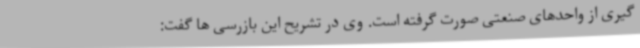
گیری از واحدهای صنعتی صورت گرفته است. وی در تشریح این بازرسی ها گفت: